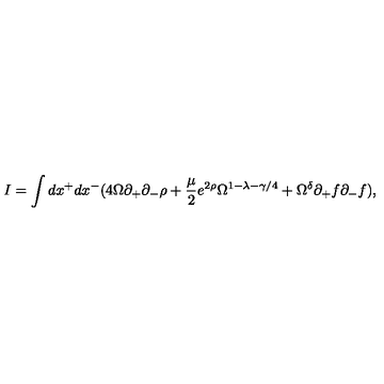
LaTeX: I = \int d x ^ { + } d x ^ { - } ( 4 \Omega \partial _ { + } \partial _ { - } \rho + \frac { \mu } { 2 } e ^ { 2 \rho } \Omega ^ { 1 - \lambda - \gamma / 4 } + \Omega ^ { \delta } \partial _ { + } f \partial _ { - } f ) ,